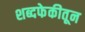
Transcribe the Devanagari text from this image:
शब्दफेकीतून